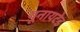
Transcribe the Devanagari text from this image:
य़ूनायटेड